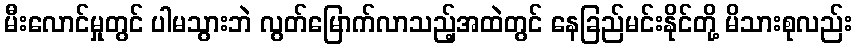
မီးလောင်မှုတွင် ပါမသွားဘဲ လွတ်မြောက်လာသည့်အထဲတွင် နေခြည်မင်းနိုင်တို့ မိသားစုလည်း